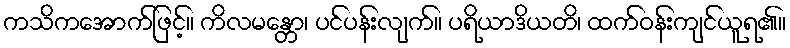
ကသိကအောက်ဖြင့်။ ကိလမန္တော၊ ပင်ပန်းလျက်။ ပရိယာဒိယတိ၊ ထက်ဝန်းကျင်ယူရ၏။